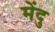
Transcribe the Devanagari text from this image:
मेंदु